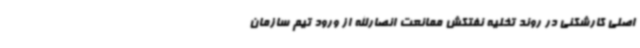
اصلی کارشکنی در روند تخلیه نفتکش ممانعت انصارالله از ورود تیم سازمان